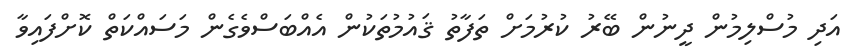
އަދި މުސްލިމުން ދީނުން ބޭރު ކުރުމަށް ތަފާތު ޤައުމުތަކުން އެއްބަސްވެގެން މަސައްކަތް ކޮށްފައިވާ